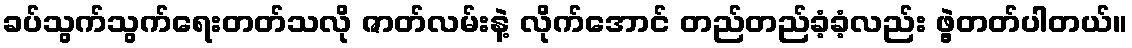
ခပ်သွက်သွက်ရေးတတ်သလို ဇာတ်လမ်းနဲ့ လိုက်အောင် တည်တည်ခံ့ခံ့လည်း ဖွဲ့တတ်ပါတယ်။